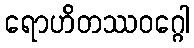
ရောဟိတဿဝဂ္ဂေါ